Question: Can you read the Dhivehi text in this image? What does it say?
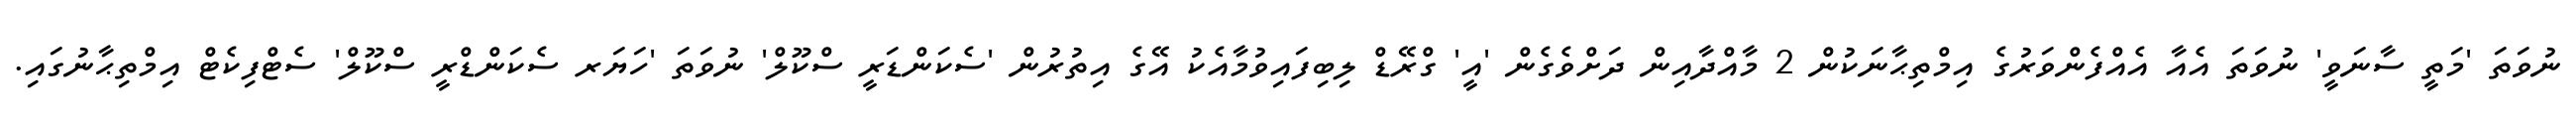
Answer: ނުވަތަ 'މަތީ ސާނަވީ' ނުވަތަ އެއާ އެއްފެންވަރުގެ އިމްތިޙާނަކުން 2 މާއްދާއިން ދަށްވެގެން 'އީ' ގްރޭޑް ލިބިފައިވުމާއެކު އޭގެ އިތުރުން 'ސެކަންޑަރީ ސްކޫލް' ނުވަތަ 'ހަޔަރ ސެކަންޑްރީ ސްކޫލް' ސެޓްފިކެޓް އިމްތިޙާނުގައި.